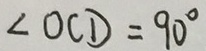
\angle O C D = 9 0 ^ { \circ }